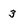
Character: 3